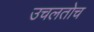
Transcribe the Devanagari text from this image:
उचलतोच